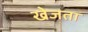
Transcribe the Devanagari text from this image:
खेजता